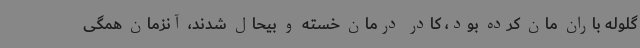
گلوله باران مان کرده بود، کادر درمان خسته و بیحال شدند، آنزمان همگی